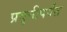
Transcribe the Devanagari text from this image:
प्रवृत्तीपर्यंत